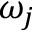
\omega _ { j }